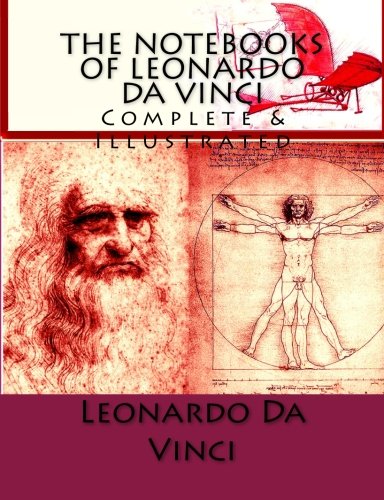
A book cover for The Notebooks of Leonardo Da Vinci: Complete & Illustrated; Leonardo Da Vinci; Arts & Photography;